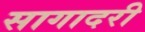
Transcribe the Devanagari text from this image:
सागादरी